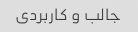
جالب و کاربردی